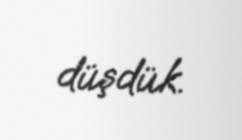
düşdük.